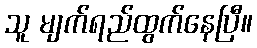
သူ မျက်ရည်ထွက်နေပြီ။